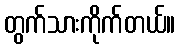
တွက်သားကိုက်တယ်။